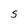
Character: S